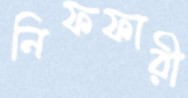
নিফফারী